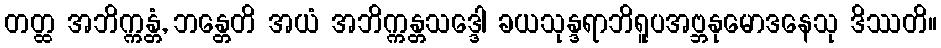
တတ္ထ အဘိက္ကန္တံ, ဘန္တေတိ အယံ အဘိက္ကန္တသဒ္ဒေါ ခယသုန္ဒရာဘိရူပအဗ္ဘနုမောဒနေသု ဒိဿတိ။